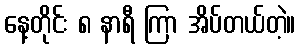
နေ့တိုင်း ၈ နာရီ ကြာ အိပ်တယ်တဲ့။